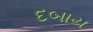
દબાય